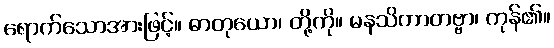
ရောက်သောအားဖြင့်။ ဓာတုယော၊ တို့ကို။ မနသိကာတဗ္ဗာ၊ ကုန်၏။